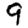
Digit: 9